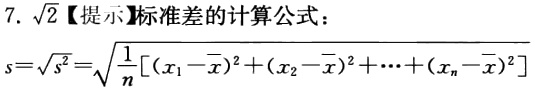
7. $\sqrt{2}$【提示】标准差的计算公式：
\[
s = \sqrt{s^{2}}=\sqrt{\frac{1}{n}[(x_{1}-\overline{x})^{2}+(x_{2}-\overline{x})^{2}+\cdots+(x_{n}-\overline{x})^{2}]}
\]